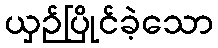
ယှဉ်ပြိုင်ခဲ့သော